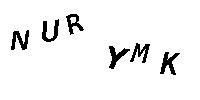
NURYMK